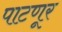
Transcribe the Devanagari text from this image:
पाटणूर